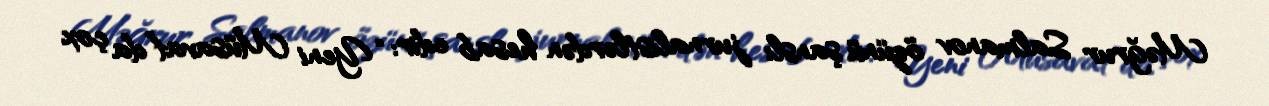
Məğrur Salmanov özünü şanslı jurnalistlərdən hesab edir: “Yeni Müsavat”da çox